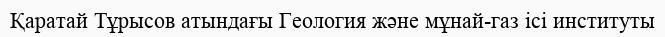
Қаратай Тұрысов атындағы Геология және мұнай-газ ісі институты